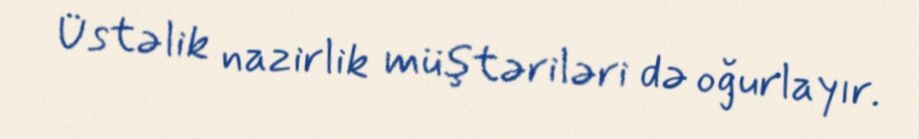
Üstəlik nazirlik müştəriləri də oğurlayır.